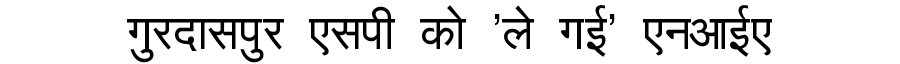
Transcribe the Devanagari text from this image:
गुरदासपुर एसपी को 'ले गई' एनआईए